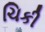
ચિકી